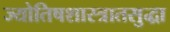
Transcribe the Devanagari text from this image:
ज्योतिषशास्त्रातसुद्धा